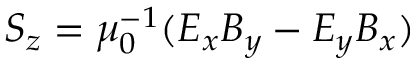
S _ { z } = \mu _ { 0 } ^ { - 1 } ( E _ { x } B _ { y } - E _ { y } B _ { x } )